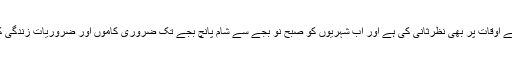
علاوہ ازیں سعودی حکومت نے رمضان کے پیش نظر کرفیو کے اوقات پر بھی نظرثانی کی ہے اور اب شہریوں کو صبح نو بجے سے شام پانچ بجے تک ضروری کاموں اور ضروریات زندگی کی خریداری کے لیے گھروں سے باہر جانے کی اجازت ہوگی۔